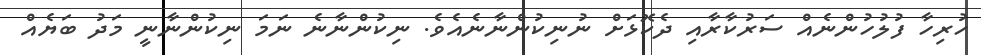
ހުރިހާ ފުލުހުންނެއް ސަރުކާރާއި ދެކޮޅަށް ނުނިކުންނާނެއެވެ. ނިކުންނާނެ ނަމަ ނިކުންނާނީ މަދު ބަޔެއް